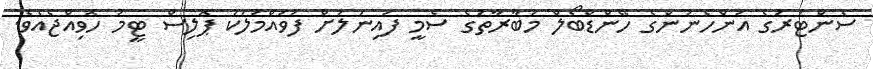
ސެންޓަރުގެ އަންހެނުންގެ ހޭންޑްބޯލް މުބާރާތުގެ ސެމީ ފައިނަލަށް ފުވައްމުލަކު ޕޮލިސް ޓީމު ހޮވިއްޖެއެވެ.